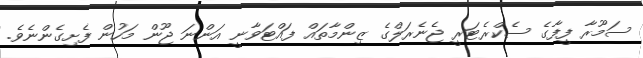
ސަމޫރާ ފީފާގެ ސެކްރެޓަރީ ޖެނެރަލްގެ ޒިންމާތައް ފައްޓަވާނީ އަންނަ ޖޫން މަހުން ފެށިގެންނެވެ.